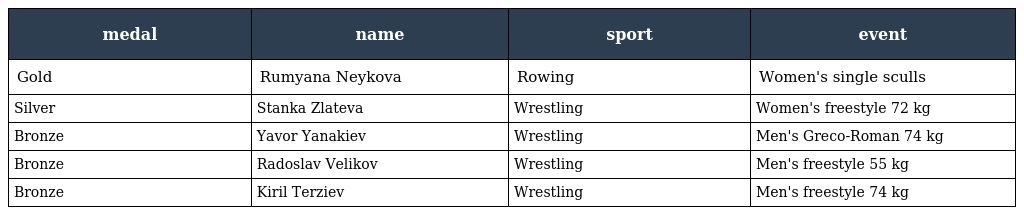
| medal | name | sport | event |
 | --- | --- | --- | --- |
 | Gold | Rumyana Neykova | Rowing | Women's single sculls |
 | Silver | Stanka Zlateva | Wrestling | Women's freestyle 72 kg |
 | Bronze | Yavor Yanakiev | Wrestling | Men's Greco-Roman 74 kg |
 | Bronze | Radoslav Velikov | Wrestling | Men's freestyle 55 kg |
 | Bronze | Kiril Terziev | Wrestling | Men's freestyle 74 kg |